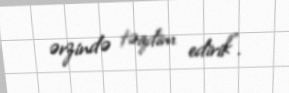
ərzində təqdim edirik".